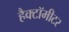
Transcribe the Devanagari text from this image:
हैक्टॉमीटर